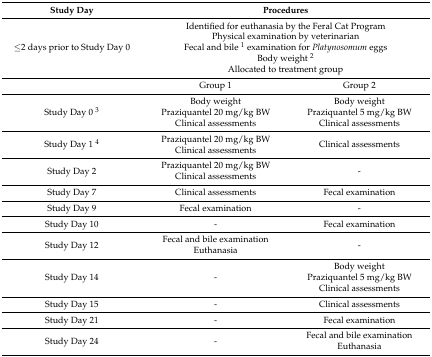
<table><thead><tr><td><b>Study Day</b></td><td colspan="2"><b>Procedures</b></td></tr></thead><tbody><tr><td>≤2 days prior to Study Day 0</td><td colspan="2">Identified for euthanasia by the Feral Cat ProgramPhysical examination by veterinarianFecal and bile <sup>1</sup> examination for <i>Platynosomum</i> eggsBody weight <sup>2</sup>Allocated to treatment group</td></tr><tr><td></td><td>Group 1 </td><td>Group 2</td></tr><tr><td>Study Day 0 <sup>3</sup></td><td>Body weightPraziquantel 20 mg/kg BWClinical assessments</td><td>Body weightPraziquantel 5 mg/kg BWClinical assessments</td></tr><tr><td>Study Day 1 <sup>4</sup></td><td>Praziquantel 20 mg/kg BWClinical assessments</td><td>Clinical assessments</td></tr><tr><td>Study Day 2</td><td>Praziquantel 20 mg/kg BWClinical assessments</td><td>-</td></tr><tr><td>Study Day 7</td><td>Clinical assessments</td><td>Fecal examination</td></tr><tr><td>Study Day 9</td><td>Fecal examination</td><td>-</td></tr><tr><td>Study Day 10</td><td>-</td><td>Fecal examination</td></tr><tr><td>Study Day 12</td><td>Fecal and bile examinationEuthanasia</td><td>-</td></tr><tr><td>Study Day 14</td><td>-</td><td>Body weightPraziquantel 5 mg/kg BWClinical assessments</td></tr><tr><td>Study Day 15</td><td>-</td><td>Clinical assessments</td></tr><tr><td>Study Day 21</td><td>-</td><td>Fecal examination</td></tr><tr><td>Study Day 24</td><td>-</td><td>Fecal and bile examinationEuthanasia</td></tr></tbody></table>